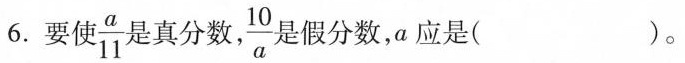
6. 要使 \frac{a}{11} 是真分数 ，\frac{10}{a} 是假分数，a应是()。